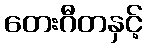
တေးဂီတနှင့်